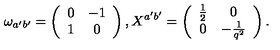
\omega _ { a ^ { \prime } b ^ { \prime } } = \left( \begin{array} { c c } { 0 } & { - 1 } \\ { 1 } & { 0 } \\ \end{array} \right) , X ^ { a ^ { \prime } b ^ { \prime } } = \left( \begin{array} { c c } { \frac { 1 } { 2 } } & { 0 } \\ { 0 } & { - \frac { 1 } { q ^ { 2 } } } \\ \end{array} \right) .